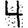
Digit: 4